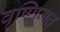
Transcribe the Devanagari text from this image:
वृष्णिमत्